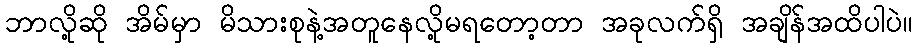
ဘာလို့ဆို အိမ်မှာ မိသားစုနဲ့အတူနေလို့မရတော့တာ အခုလက်ရှိ အချိန်အထိပါပဲ။